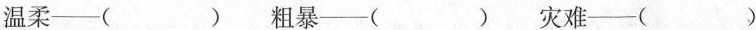
温柔—( ) 粗暴—( ) 灾难—()